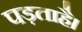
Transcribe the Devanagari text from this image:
पड़ताहै।